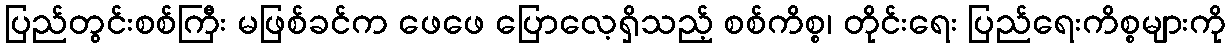
ပြည်တွင်းစစ်ကြီး မဖြစ်ခင်က ဖေဖေ ပြောလေ့ရှိသည့် စစ်ကိစ္စ၊ တိုင်းရေး ပြည်ရေးကိစ္စများကို